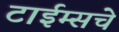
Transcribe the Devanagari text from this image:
टाईम्सचे